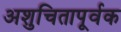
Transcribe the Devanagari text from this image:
अशुचितापूर्वक